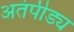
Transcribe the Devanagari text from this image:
अतंपीड्य